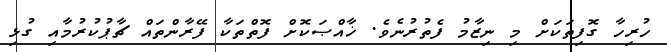
ހުރިހާ ގޮފިތަކަށް މި ނިޒާމު ފެތުރުނެވެ. ޚާއްޞަކޮށް ފޮތްތަކާ ފޭރާންތައް ޗާޕުކުރުމާއި ގުޅި